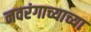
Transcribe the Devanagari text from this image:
नवरंगाच्याच्या